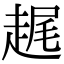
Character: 趘